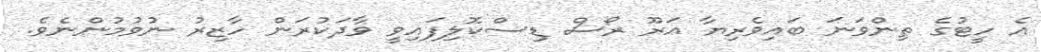
އެ ހީޓުގެ ތިންވަނަ ބައިވެރިޔާ އަރޫ ރޯސް ޑިސްކޮލިފައިވީ ވާދަކުރަން ހާޒިރު ނުވުމުންނެވެ.